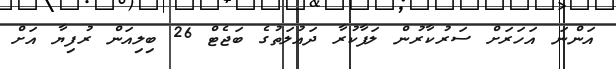
އަންނަ އަހަރަށް ސަރުކާރުން ލަފާކުރާ ދައުލަތުގެ ބަޖެޓް 26 ބިލިއަން ރުފިޔާ އަށް